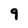
Character: 9